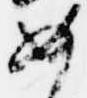
如